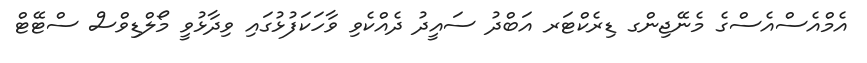
އެމްއެސްއެސްގެ މެނޭޖިންގ ޑިރެކްޓަރ އަބްދު ސައީދު ދެއްކެވި ވާހަކަފުޅުގައި ވިދާޅުވީ މޯލްޑިވްސް ސްޓޭޓް